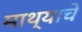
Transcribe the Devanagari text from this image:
माथ्याचे